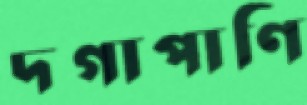
দগাপাণি